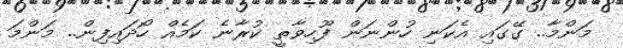
މަންމާ.. ގޭގައި އެކަނި ހުންނަން ފޫހިވާތީ ކުރާނެ ކަމެއް ހޯދައިފިން.. މަންމަ